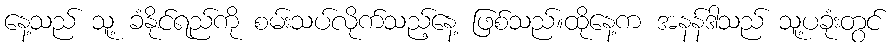
နေ့သည် သူ့ ခံနိုင်ရည်ကို စမ်းသပ်လိုက်သည့်နေ့ ဖြစ်သည်။ထိုနေ့က အနန်ဒါသည် သူ့ပခုံးတွင်